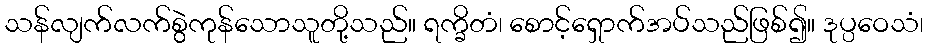
သန်လျက်လက်စွဲကုန်သောသူတို့သည်။ ရက္ခိတံ၊ စောင့်ရှောက်အပ်သည်ဖြစ်၍။ ဒုပ္ပဝေသံ၊